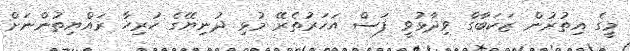
މީގެ އިތުރުން ޒަކަބާގް ވިދާޅުވީ ފަސް އަހަރުތެރޭ މުޅި ދުނިޔޭގެ ހުރިހާ ރައްޔިތުންނަށް